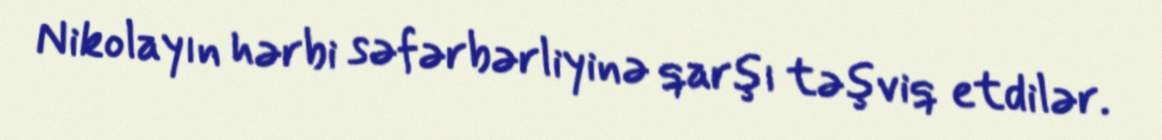
Nikolayın hərbi səfərbərliyinə qarşı təşviq etdilər.